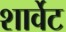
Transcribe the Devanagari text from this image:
शार्वेट